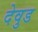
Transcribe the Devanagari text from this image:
देवुड